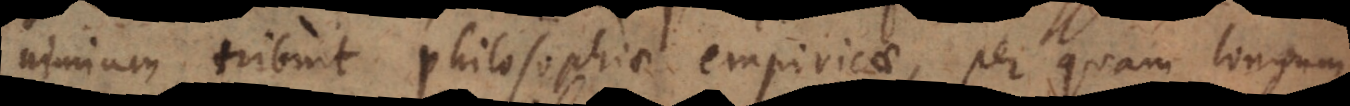
nimium tribuit philosophiae empiricae, per quam longum